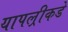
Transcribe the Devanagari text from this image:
यापल्रीकडे